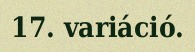
17. variáció.